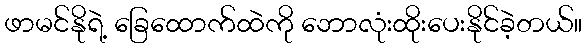
ဖာမင်နိုရဲ့ ခြေထောက်ထဲကို ဘောလုံးထိုးပေးနိုင်ခဲ့တယ်။